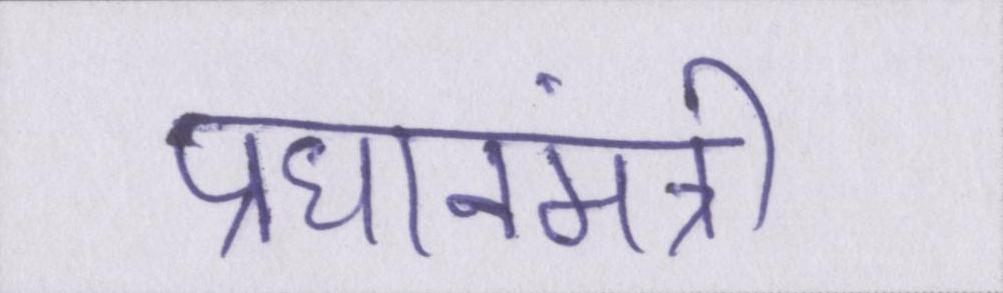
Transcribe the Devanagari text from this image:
प्रधानमंत्री